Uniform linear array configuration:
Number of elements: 48
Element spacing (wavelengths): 1
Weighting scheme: kaiser
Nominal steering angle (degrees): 45
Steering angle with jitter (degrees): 44.178
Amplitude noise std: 0.05
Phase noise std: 0.05

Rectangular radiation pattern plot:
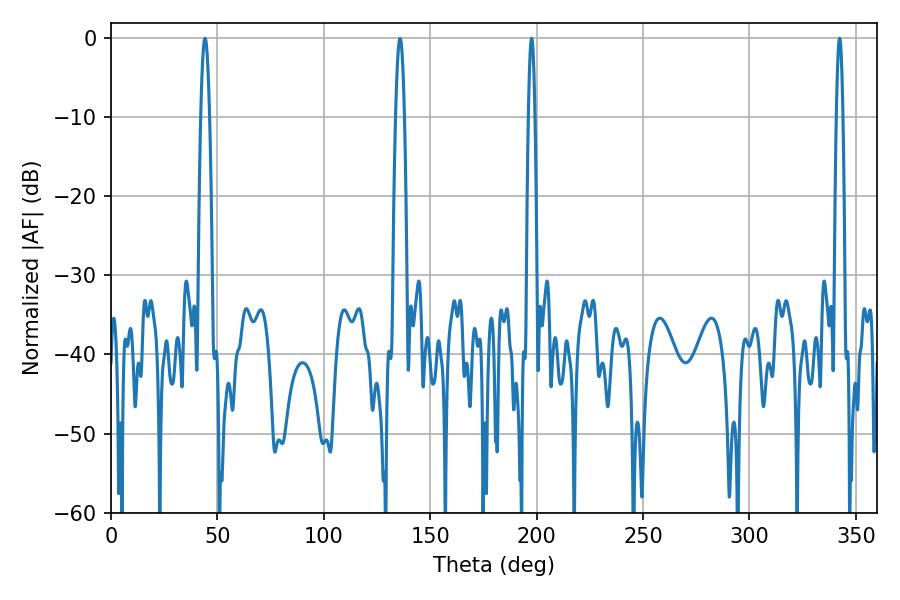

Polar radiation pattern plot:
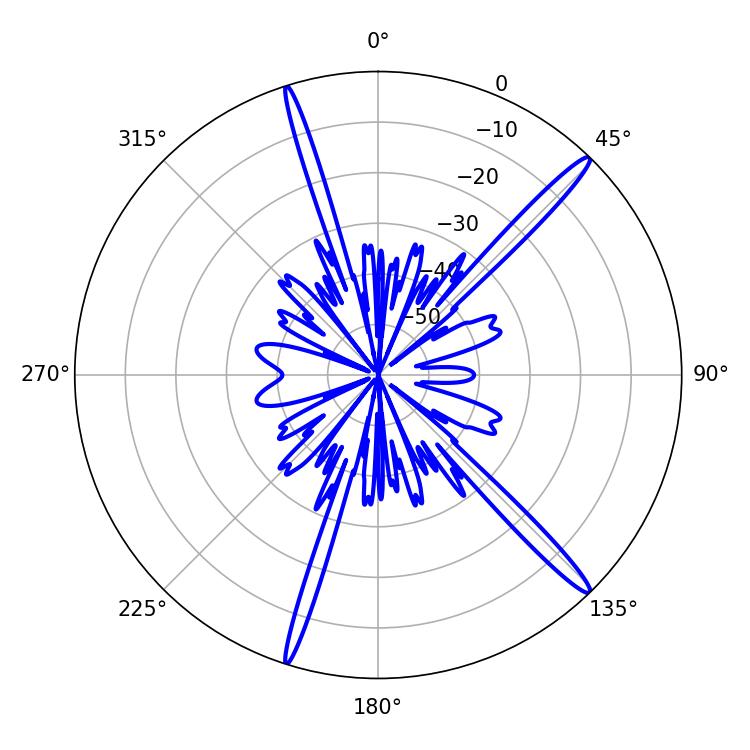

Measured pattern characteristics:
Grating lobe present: TRUE
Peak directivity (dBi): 16.897
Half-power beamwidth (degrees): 1.44
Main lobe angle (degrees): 197.64